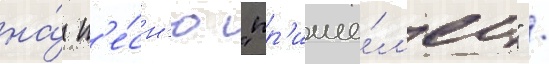
на́ п'е́сн'ю "пр'ише́л'ец" /